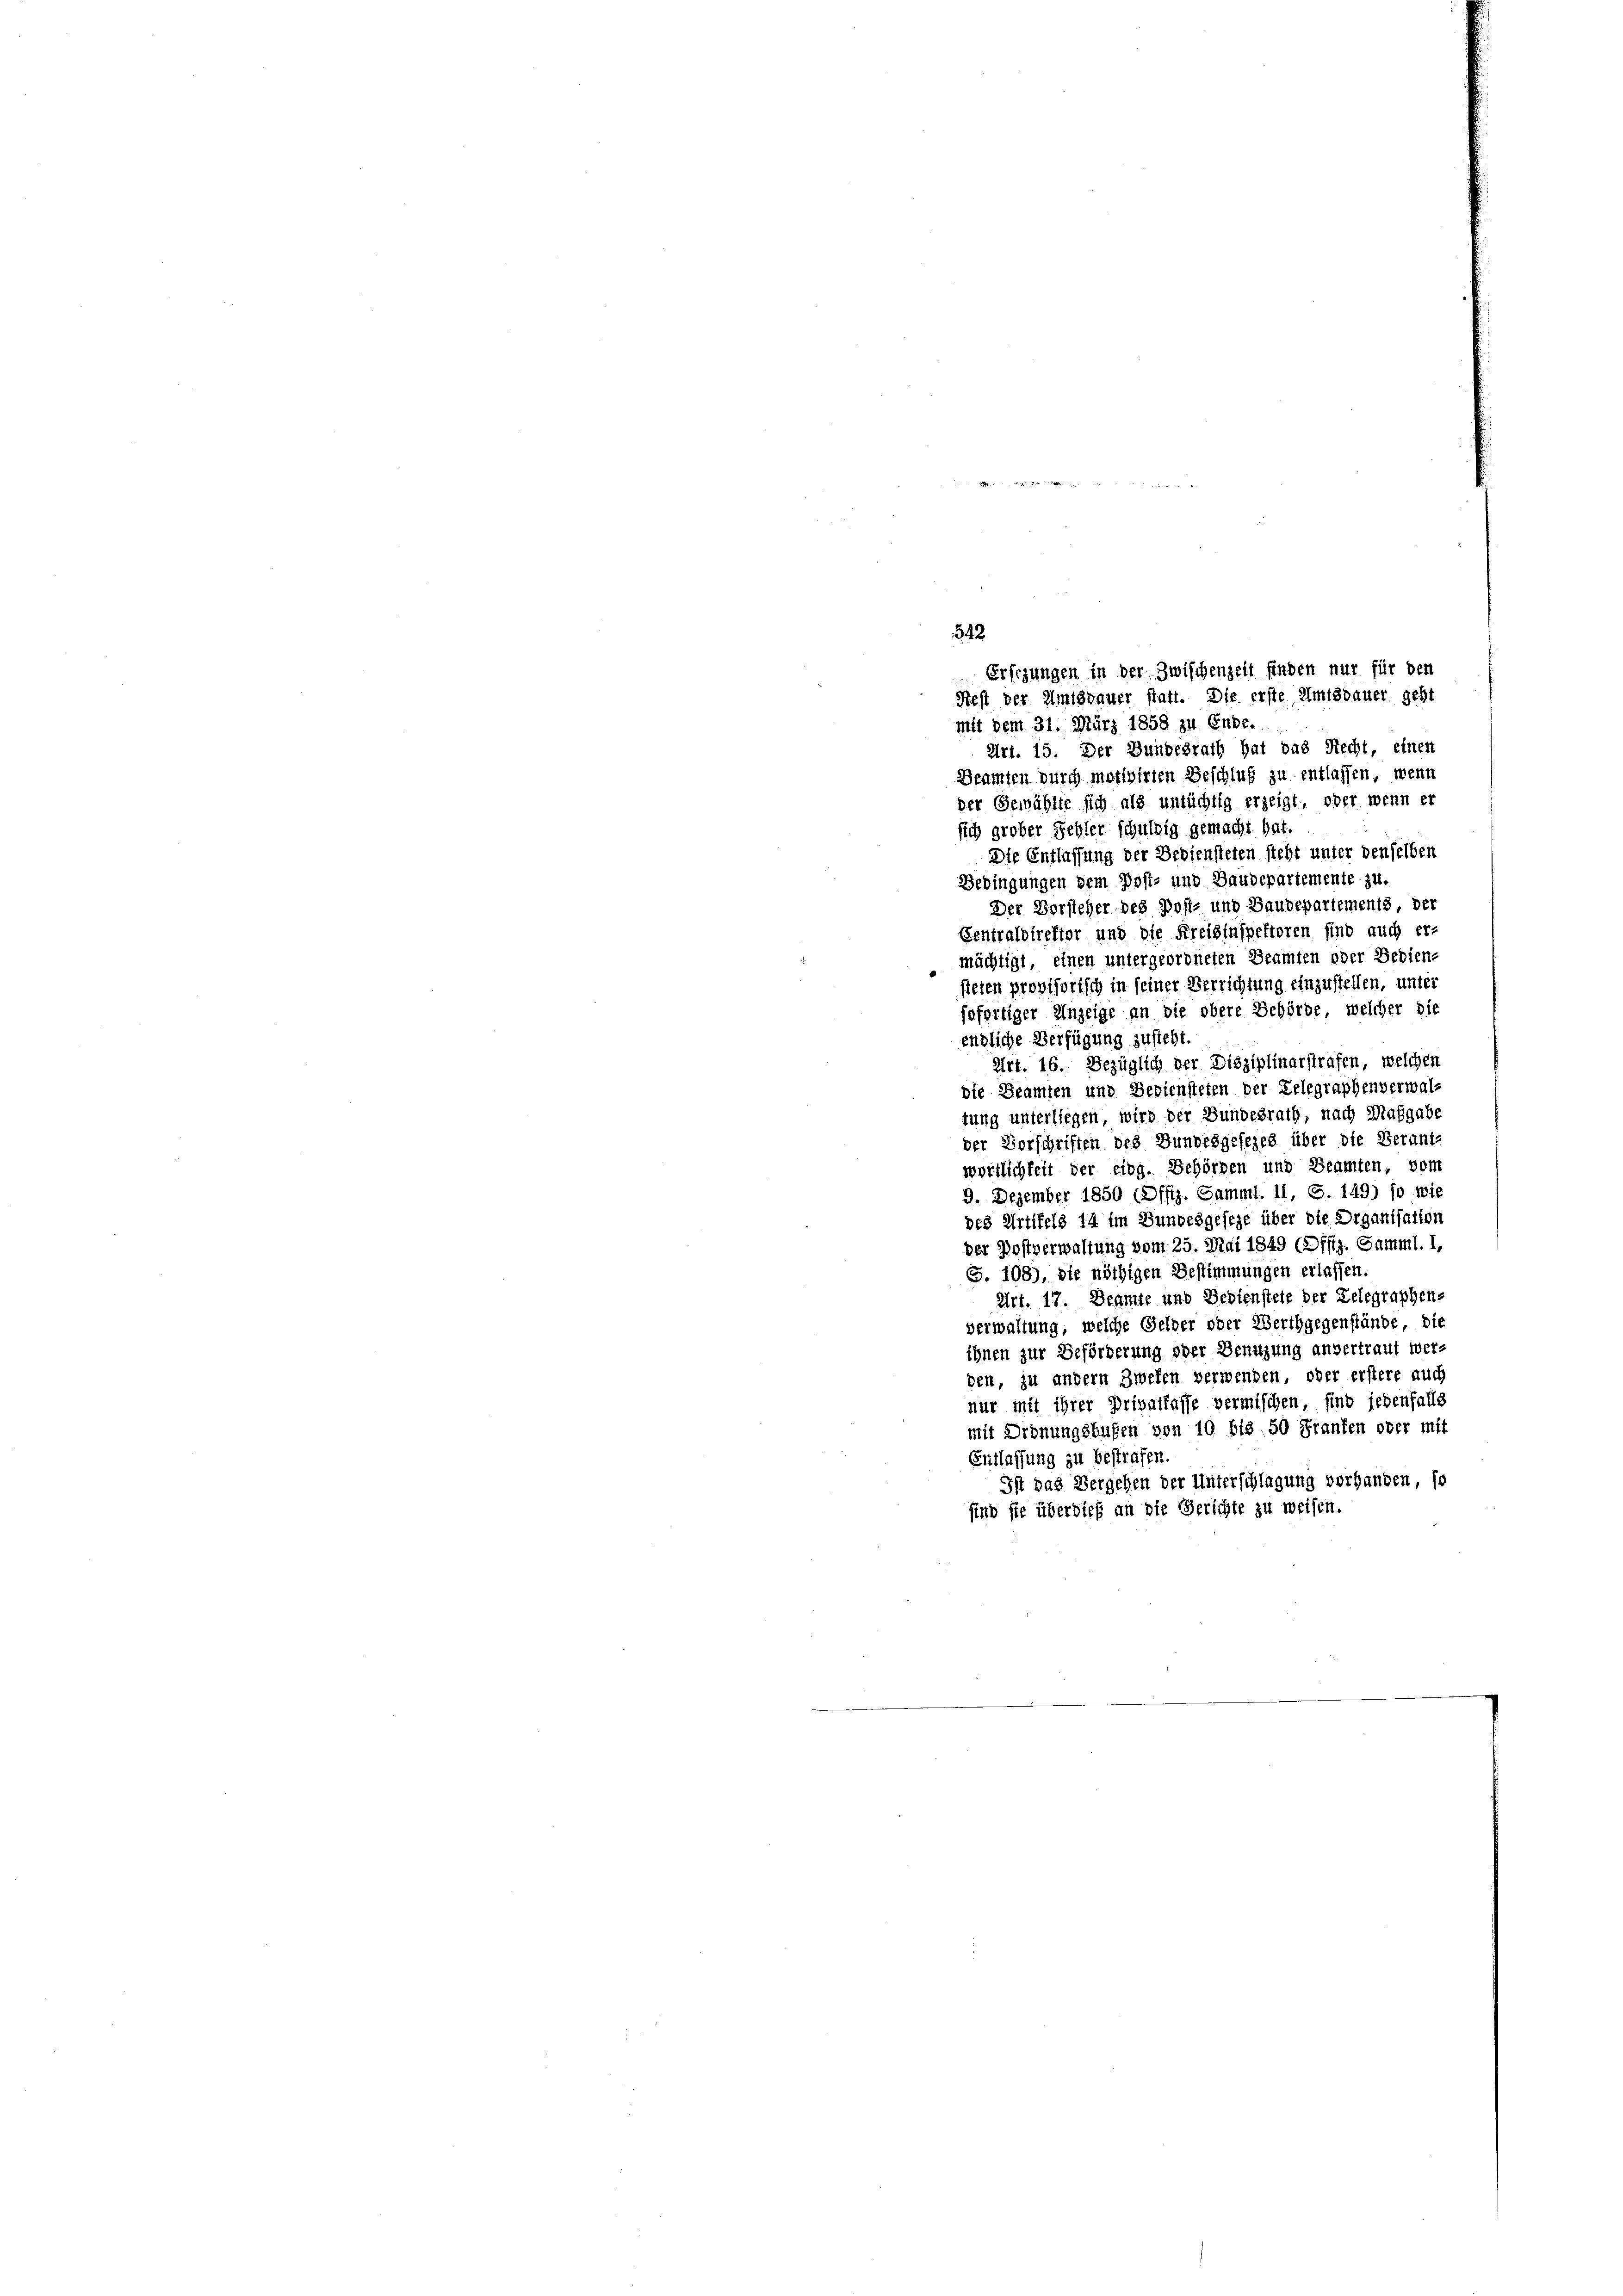
342
Ersezungen in der Zwischenzeit finden nur für den
Rest der Amtsdauer statt. Die erste Amtsdauer geht
mit dem 31. März 1858 zu. Enbe.

Art. 15. Der Bundesrath hat das Recht, einen
Deamten durch motivirten Beschluß zu entlassen, wenn
der Gewählte sich als untüchtig erzeigt, oder wenn es
sich großer Fehler schuldig gemacht hat.
Die Entlassung der Bediensteten steht unter denselben
Bedingungen dem Post- und Baudepartemente zu.
Der Vorsteher des Post- und Baudepartements, der
Centraldirektor und die Kreisinspektoren sind auch er-
mächtigt, einen untergeordneten Beamten oder Bedien-
steten provisorisch in seiner Verrichtung einzustellen, unter
sofortiger Anzeige an die obere Behörde, welcher die
endliche Verfügung zusteht.
Art. 16. Bezüglich der Disziplinarstrafen, welchen
die Beamten und Bediensteten der Telegraphenverwaltung unterliegen, wird der Bundesrath, nach Maßgabe
der Vorschriften des Bundesgesezes über die Verant-
wörtlichkeit der eidg. Behörden und Beamten, vom
9. Dezember 1850 (Offiz. Samml. II, S. 149) so wie
des Artikels 14 im Bundesgeseze über die Organisation
der Postverwaltung vom 25. Mai 1849 (Offiz. Samml. 1,
S. 108), die nöthigen Bestimmungen erlassen.
Art. 17. Beamte und Bedienstete der Telegraphen-
verwaltung, welche Gelder oder Werthgegenstände, die
ihnen zur Beförderung oder Benuzung anvertraut werden, zu andern Zweken verwenden, oder erstere auch
nur mit ihrer Privatfaffe vermischen, sind jedenfalls
mit Ordnungsbußen von 10 bis 50 Franken oder mit
Entlassung zu bestrafen.
Ist das Vergehen der Unterschlagung vorhanden so
sind sie überdieß an die Gerichte zu weisen.